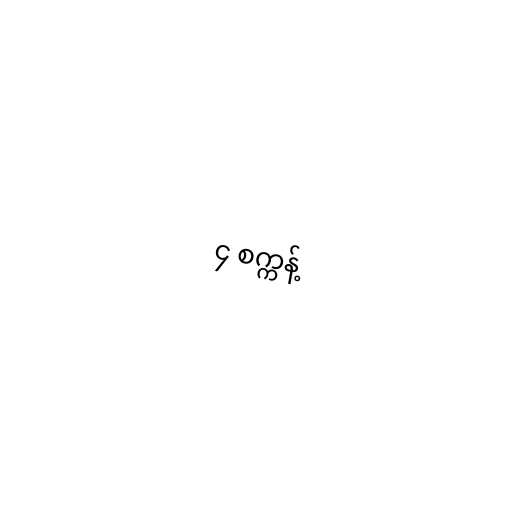
၄ စက္ကန့်